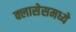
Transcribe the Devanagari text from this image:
क्लासेसमध्ये